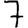
Digit: 7